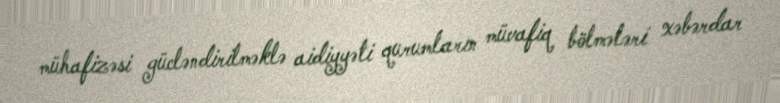
mühafizəsi gücləndirilməklə aidiyyəti qurumların müvafiq bölmələri xəbərdar